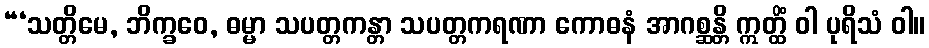
“‘သတ္တိမေ, ဘိက္ခဝေ, ဓမ္မာ သပတ္တကန္တာ သပတ္တကရဏာ ကောဓနံ အာဂစ္ဆန္တိ ဣတ္ထိံ ဝါ ပုရိသံ ဝါ။